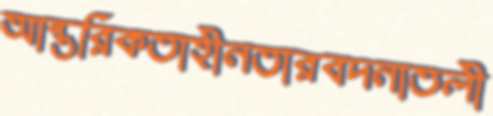
আন্তরিকতাহীনতারবদনাতলী